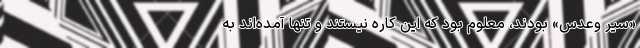
«سیر وعدس» بودند، معلوم بود که این کاره نیستند و تنها آمده‌اند به